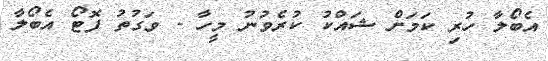
އެބޯލާ ހުރި ކަމަށް ޝައްކު ކުރެވުނު މީހާ - ވަގުތު ފޮޓޯ އެބޯލާ